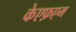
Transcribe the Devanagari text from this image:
केएफ़एम